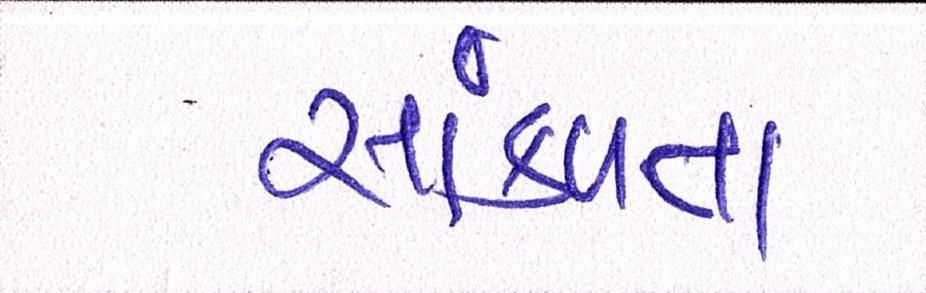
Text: સાંકળતા